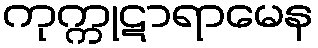
ကုက္ကုဋာရာမေန